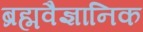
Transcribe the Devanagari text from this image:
ब्रह्मवैज्ञानिक